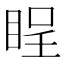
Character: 睈